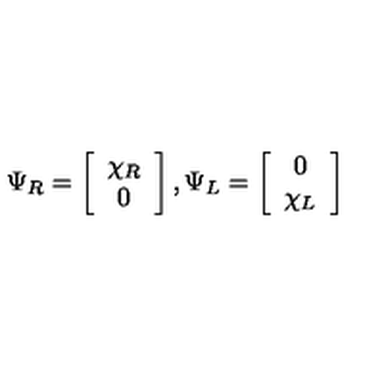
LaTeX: \Psi _ { R } = \left[ \begin{array} { c } { \chi _ { R } } \\ { 0 } \\ \end{array} \right] , \Psi _ { L } = \left[ \begin{array} { c } { 0 } \\ { \chi _ { L } } \\ \end{array} \right]